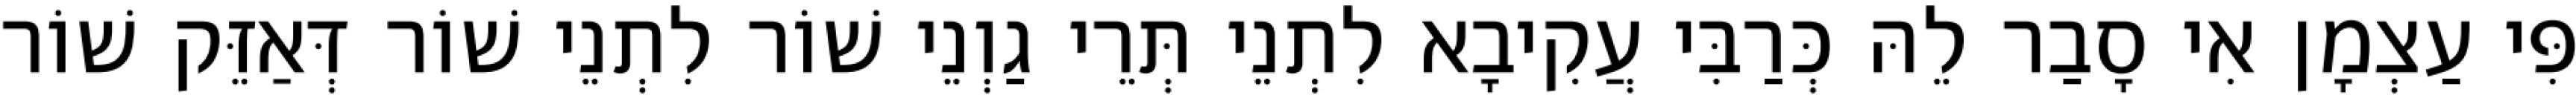
פִּי עַצְמָן אִי סָבַר לֵהּ כְּרַבִּי עֲקִיבָא לִתְנֵי תְּרֵי גַוְנֵי שׁוֹר לִתְנֵי שׁוֹר דְּאַזֵּק שׁוֹר